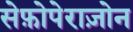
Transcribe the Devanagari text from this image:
सेफ़ोपेराज़ोन